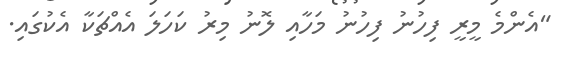
"އެންމެ މީރީ ފިހުނު ފިހުނު މަހާއި ލޮނު މިރު ކަހަލަ އެއްޗަކާ އެކުގައި.